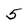
Character: 5